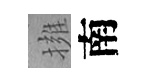
擁南